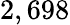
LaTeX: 2,698